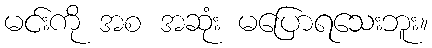
မင်းကို အစ အဆုံး မပြောရသေးဘူး။